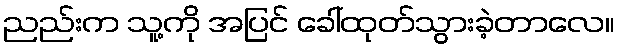
ညည်းက သူ့ကို အပြင် ခေါ်ထုတ်သွားခဲ့တာလေ။